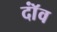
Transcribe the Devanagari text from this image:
दॉंव